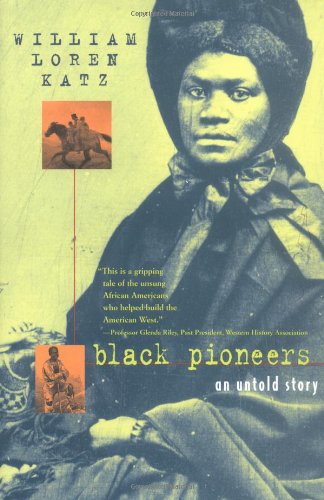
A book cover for Black Pioneers: An Untold Story; William Loren Katz; Teen & Young Adult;